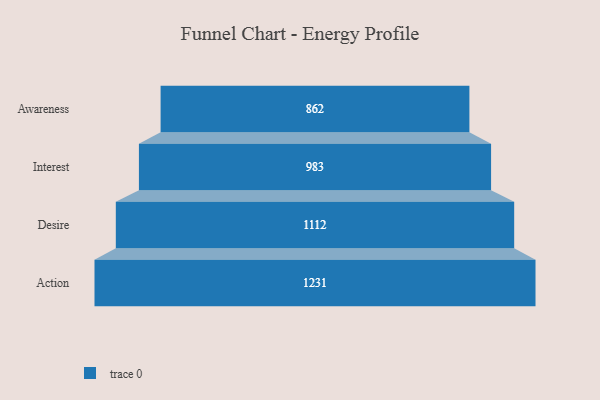
{"axis": {"x": "Stage", "y": "Value"}, "legend": [""], "data": [{"x": "Awareness", "y": 862.0, "type": ""}, {"x": "Interest", "y": 983.0, "type": ""}, {"x": "Desire", "y": 1112.0, "type": ""}, {"x": "Action", "y": 1231.0, "type": ""}]}